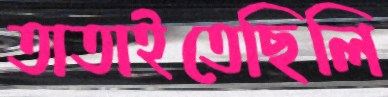
তাতাইতেছিলি